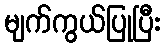
မျက်ကွယ်ပြုပြီး